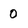
Character: 0